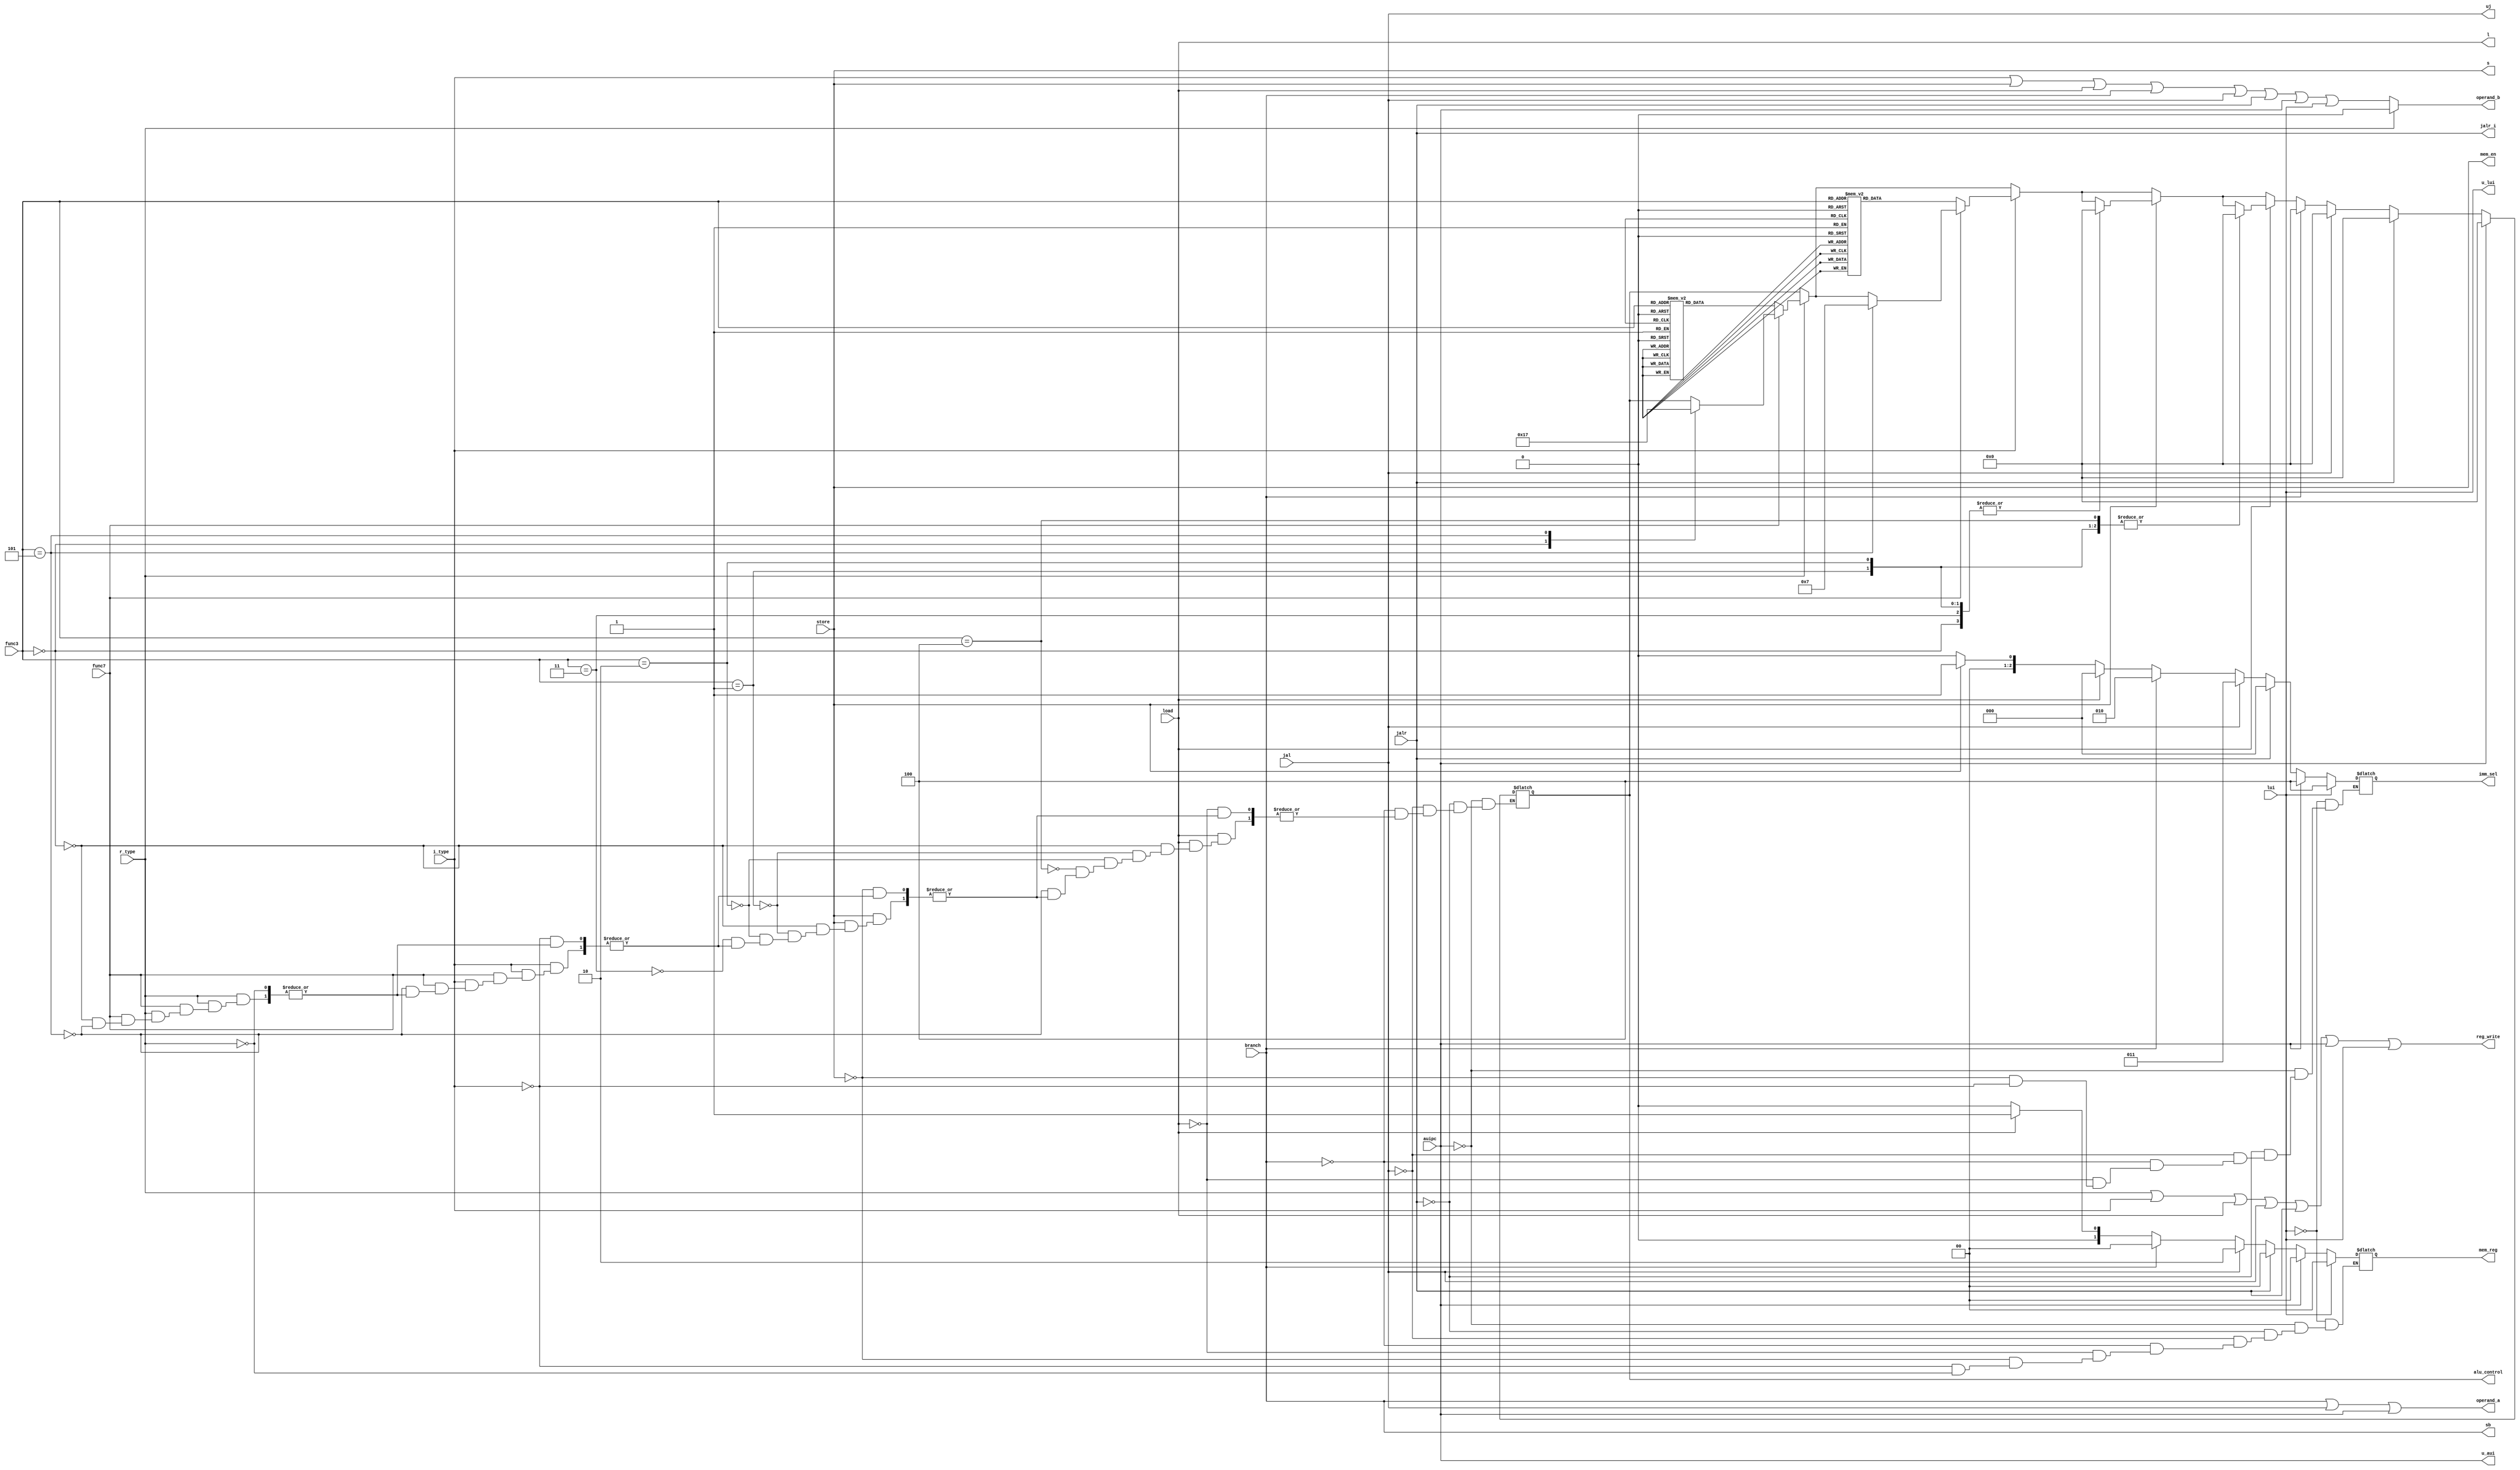
module control_decoder (func3,func7,r_type,i_type,store,branch,load,jal,uj,auipc,lui,u_aui,u_lui,jalr,jalr_i,mem_reg,reg_write,s,l,mem_en,operand_b,imm_sel,alu_control,sb,operand_a);
    input wire r_type;
    input wire i_type;
    input wire store;
    input wire load;
    input wire [2:0] func3;
    input wire func7;
    input wire branch;
    input wire jal;
    input wire jalr;
    input wire auipc;
    input wire lui;


    output reg [1:0]mem_reg;
    output reg reg_write;
    output reg s;
    output reg l;
    output reg sb;
    output reg uj;
    output reg jalr_i;
    output reg u_aui;
    output reg u_lui;
    output reg mem_en;
    output reg operand_b;
    output reg operand_a;
    output reg [2:0] imm_sel;
    output reg [3:0] alu_control;

    always @ (*) begin 
        //register write
        reg_write = r_type | i_type | load | jal | jalr | auipc | lui;
        //store signal
        s = store;
        // load signal
        l=load;
        //branch signal
        sb=branch;
        //jal signal
        uj=jal;
        //jalr signal
        jalr_i=jalr;
        //auipc signal
        u_aui=auipc;
        //lui signal
        u_lui=lui;
        //operand b
        operand_b = i_type | store | load | branch | jal | jalr | auipc | lui;
        //operand a
        operand_a = branch | jal | auipc;
        //alu controller
        if (r_type) begin 
            operand_b = 0;
            //mem_reg loading
            mem_reg = 2'b00;
            if (func7) begin 
                case (func3)
                    3'b000: alu_control = 4'b0001;
                    3'b101: alu_control = 4'b0111;
                endcase
            end
            else begin
                case (func3)
                    3'b000: alu_control = 4'b0000;
                    3'b001: alu_control = 4'b0010;
                    3'b010: alu_control = 4'b0011;
                    3'b011: alu_control = 4'b0100;
                    3'b100: alu_control = 4'b0101;
                    3'b101: alu_control = 4'b0110;
                    3'b110: alu_control = 4'b1000;
                    3'b111: alu_control = 4'b1001;
                endcase
            end
        end
        if (i_type) begin 
            imm_sel = 3'b000; // immediate selection
            //mem_reg loading
            mem_reg = 2'b00;
            if (func7) begin 
                case (func3)
                    3'b101: alu_control = 4'b0111;
                endcase
            end
            else begin
                case (func3)
                    3'b000: alu_control = 4'b0000;
                    3'b001: alu_control = 4'b0010;
                    3'b010: alu_control = 4'b0011;
                    3'b011: alu_control = 4'b0100;
                    3'b100: alu_control = 4'b0101;
                    3'b101: alu_control = 4'b0110;
                    3'b110: alu_control = 4'b1000;
                    3'b111: alu_control = 4'b1001;
                endcase
            end
        end
         mem_en=store;
        if (store) begin
            imm_sel= 3'b001;
            //mem_reg loading
            mem_reg = 2'b00;
            case (func3) 
                3'b000: alu_control = 4'b0000;
                3'b001: alu_control = 4'b0000;
                3'b010: alu_control = 4'b0000;
                3'b011: alu_control = 4'b0000;
            endcase
        end
        if (load) begin
            imm_sel=3'b000;
            //mem_reg loading
            mem_reg = 2'b01;
            case (func3)
            3'b000: alu_control = 4'b0000;
            3'b001: alu_control = 4'b0000; 
            3'b010: alu_control = 4'b0000;
            3'b100: alu_control = 4'b0000;
            3'b101: alu_control = 4'b0000; 
            endcase
        end
        if (branch) begin
            imm_sel = 3'b010;
            //mem_reg loading
            mem_reg = 2'b00;
            alu_control = 4'b0000;
        end
        if (jal) begin
            imm_sel = 3'b011;
            //mem_reg loading
            mem_reg = 2'b10;
            alu_control = 4'b0000;
        end
        if (jalr) begin
            imm_sel = 3'b000;
            //mem_reg loading
            mem_reg = 2'b00;
            alu_control = 4'b0000;
        end
        if (auipc) begin
            imm_sel = 3'b100;
            //mem_reg loading
            mem_reg = 2'b00;
            alu_control = 4'b0000;
        end
        if (lui) begin
            imm_sel = 3'b100;
            //mem_reg loading
            mem_reg = 2'b00;
            
        end
    end

endmodule